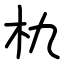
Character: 朹